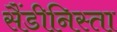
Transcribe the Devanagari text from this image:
सैंडीनिस्ता